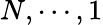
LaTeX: N,\cdots,1